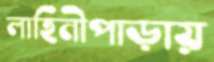
লাহিনীপাড়ায়